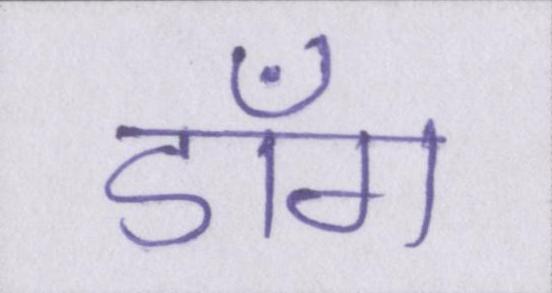
डाँग